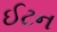
ઈટન